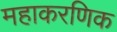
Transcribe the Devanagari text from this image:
महाकरणिक